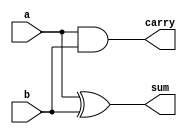
`timescale 1ns / 1ps
    module half_adder(a, b, sum, carry);
    input a, b;
    output sum, carry;
    xor u1(sum, a, b);
    and u2(carry, a, b);
endmodule